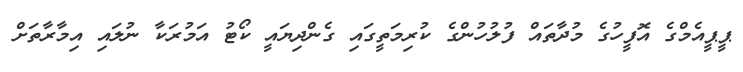
ޕީޕީއެމްގެ އޮފީހުގެ މުދާތައް ފުލުހުންގެ ކުރިމަތީގައި ގެންދިޔައީ ކޯޓު އަމުރަކާ ނުލައި އިމާރާތަށް